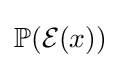
\mathbb {P} ({\mathcal {E}}(x))